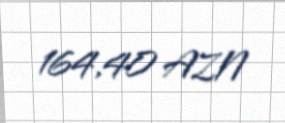
164,40 AZN